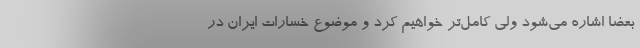
بعضا اشاره می‌شود ولی کامل‌تر خواهیم کرد و موضوع خسارات ایران در